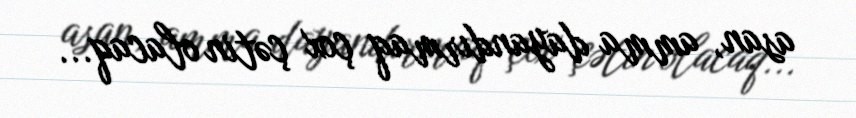
asan, amma dayandırmaq çox çətin olacaq...